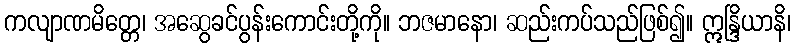
ကလျာဏမိတ္တေ၊ အဆွေခင်ပွန်းကောင်းတို့ကို။ ဘဇမာနော၊ ဆည်းကပ်သည်ဖြစ်၍။ ဣန္ဒြိယာနိ၊